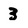
Character: 3